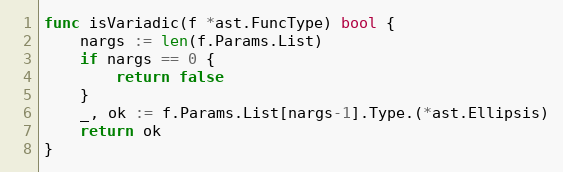
Language: Go
func isVariadic(f *ast.FuncType) bool {
	nargs := len(f.Params.List)
	if nargs == 0 {
		return false
	}
	_, ok := f.Params.List[nargs-1].Type.(*ast.Ellipsis)
	return ok
}